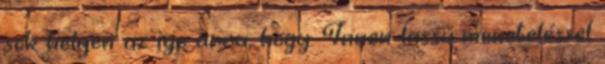
sok helyen az ige arra, hogy. Innen lassú meneteléssel